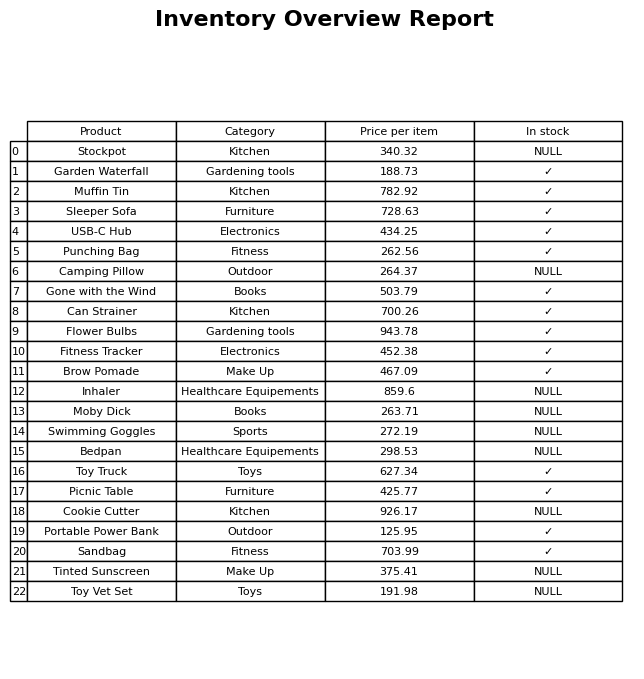
question: Is the Toy Truck in stock?
answer: ✓